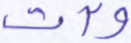
وآت